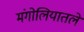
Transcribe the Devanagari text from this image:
मंगोलियातले